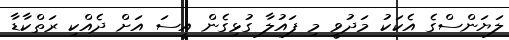
ލަޔަންސްގެ އެކަކު މަދުވީ މި ފައުލާ ގުޅިގެން އީސަ އަށް ދެއްކި ރަތްކާޑާ